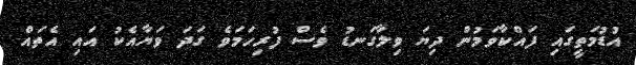
އުޑުމަތީގައި ފައްކާވަމުން ދިޔަ ވިލާގަނޑު ވެސް ފުރިހަމަވެ ގަދަ ވަޔާއެކު އައި އެތައް